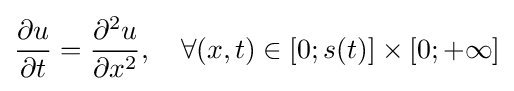
{\frac {\partial u}{\partial t}}={\frac {\partial ^{2}u}{\partial x^{2}}},\quad \forall (x,t)\in [0;s(t)]\times [0;+\infty ]